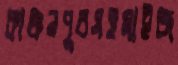
কাঞ্চনপুরসহমাইজ